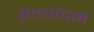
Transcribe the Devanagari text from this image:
वेदवादमे